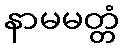
နာမမတ္တံ